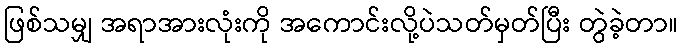
ဖြစ်သမျှ အရာအားလုံးကို အကောင်းလို့ပဲသတ်မှတ်ပြီး တွဲခဲ့တာ။